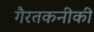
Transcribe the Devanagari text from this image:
गैरतकनीकी